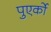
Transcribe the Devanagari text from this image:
पुएर्को